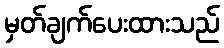
မှတ်ချက်ပေးထားသည်